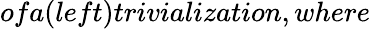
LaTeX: ofa(left)trivialization,where